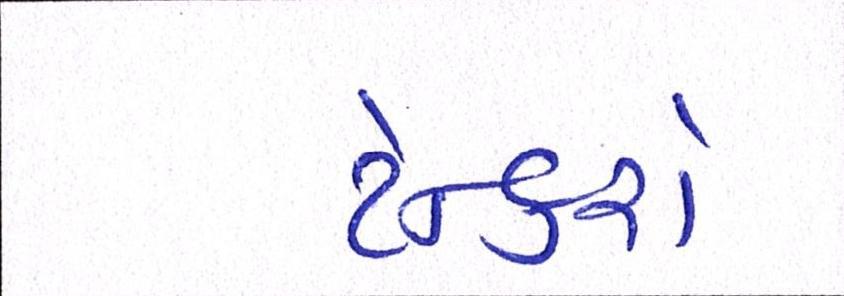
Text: ટેન્કરો